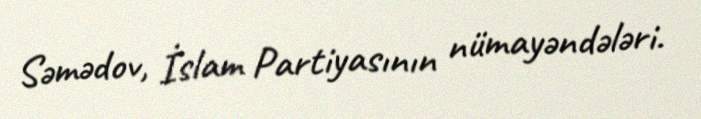
Səmədov, İslam Partiyasının nümayəndələri.